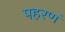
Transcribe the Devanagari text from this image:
पहरणं